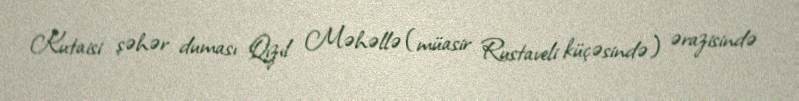
Kutaisi şəhər duması Qızıl Məhəllə (müasir Rustaveli küçəsində) ərazisində